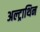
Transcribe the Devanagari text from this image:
अल्ट्राथिन